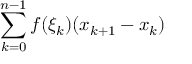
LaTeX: \sum _ { k = 0 } ^ { n - 1 } f ( \xi _ { k } ) ( x _ { k + 1 } - x _ { k } )